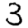
Digit: 3